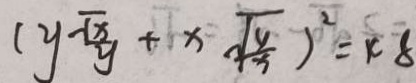
( y - \frac { \sqrt { x } } { y } + x \sqrt { \frac { y } { x } } ) ^ { 2 } = 4 8